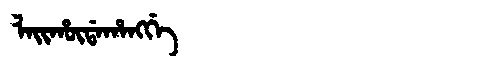
Manchu: ᠯᠠᡳᡥᡡᡩᠠᡥᠠᠩᡤᡝ
Romanization: LAIHŪDAHANGGE